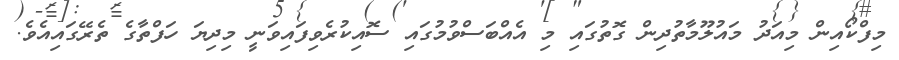
މިފްކޯއިން މިއަދު މައުލޫމާތުދިން ގޮތުގައި މި އެއްބަސްވުމުގައި ސޮއިކުރެވިފައިވަނީ މިދިޔަ ހަފްތާގެ ތެރޭގައިއެވެ.